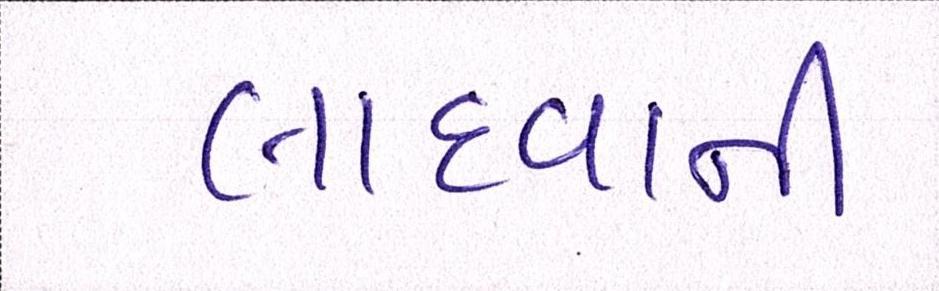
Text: લાદવાની